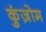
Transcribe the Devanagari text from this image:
कुंज़ोम